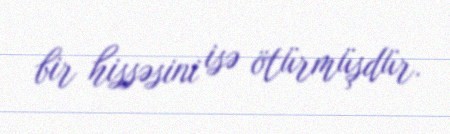
bir hissəsini isə ötürmüşdür.